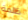
ظلمة